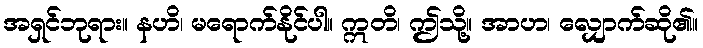
အရှင်ဘုရား။ နဟိ၊ မရောက်နိုင်ပါ။ ဣတိ၊ ဤသို့။ အာဟ၊ လျှောက်ဆို၏။